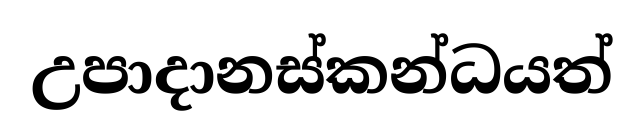
උපාදානස්කන්ධයත්